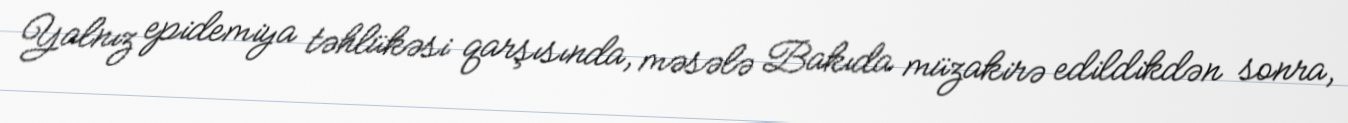
Yalnız epidemiya təhlükəsi qarşısında, məsələ Bakıda müzakirə edildikdən sonra,